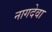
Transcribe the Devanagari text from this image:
नागदेवा